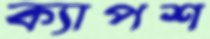
ক্যাপশ